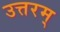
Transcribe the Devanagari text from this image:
उत्तरम्